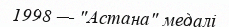
1998 — "Астана" медалі